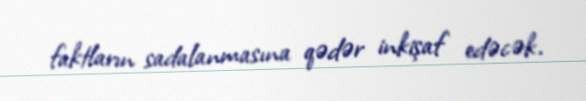
faktların sadalanmasına qədər inkişaf edəcək.